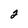
Character: 2